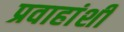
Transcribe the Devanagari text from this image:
प्रवाहांशी